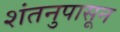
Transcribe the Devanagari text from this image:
शंतनुपासून